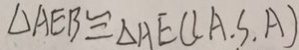
\Delta A E B \cong \Delta A E C ( A . S . A )